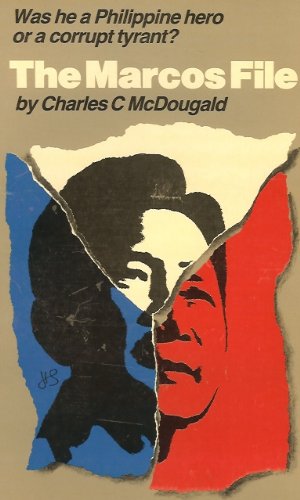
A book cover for The Marcos File: Was He a Philippine Hero or Corrupt Tyrant?; Charles C. McDougald; History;